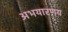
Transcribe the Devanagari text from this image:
अभयारणय